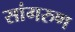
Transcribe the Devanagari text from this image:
सांगरुण